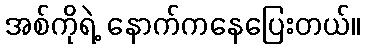
အစ်ကိုရဲ့ နောက်ကနေပြေးတယ်။